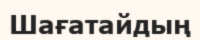
Шағатайдың